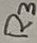
Text: R3